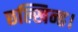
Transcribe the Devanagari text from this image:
छल्खिन्ह।